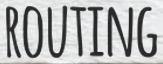
ROUTING